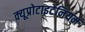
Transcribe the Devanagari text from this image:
क्यूप्रोटाइटेनियम